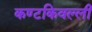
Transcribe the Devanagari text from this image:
कण्टकिवल्ली